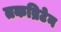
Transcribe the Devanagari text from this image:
तकब्रिटेन